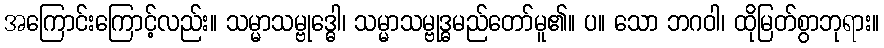
အကြောင်းကြောင့်လည်း။ သမ္မာသမ္ဗုဒ္ဓေါ၊ သမ္မာသမ္ဗုဒ္ဓမည်တော်မူ၏။ ပ။ သော ဘဂဝါ၊ ထိုမြတ်စွာဘုရား။